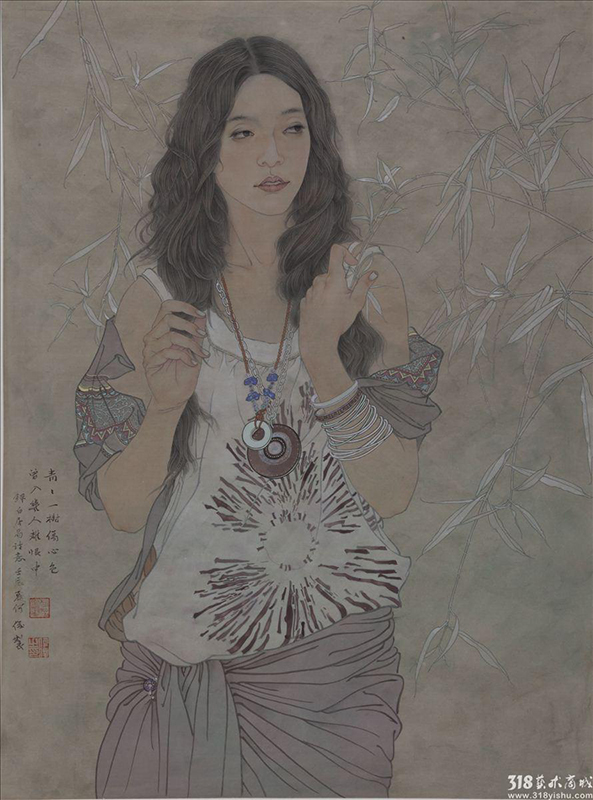
青青一树伤心色，曾入几人离恨中。